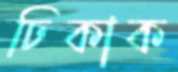
ঢিকাক